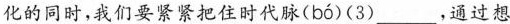
化的同时，我们要紧紧把住时代脉( bó )(3)___，通过想